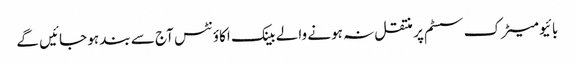
بائیو میٹرک سسٹم پر منتقل نہ ہونے والے بینک اکاؤنٹس آج سے بند ہو جائیں گے